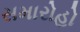
સમારોહો